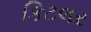
કિટલર